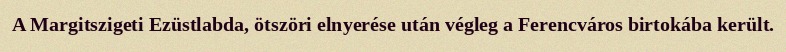
A Margitszigeti Ezüstlabda, ötszöri elnyerése után végleg a Ferencváros birtokába került.